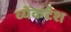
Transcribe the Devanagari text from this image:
व्येंकटेश